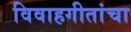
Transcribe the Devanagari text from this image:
विवाहगीतांचा